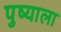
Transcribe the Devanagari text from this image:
पुष्याला